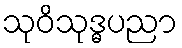
သုဝိသုဒ္ဓပညာ